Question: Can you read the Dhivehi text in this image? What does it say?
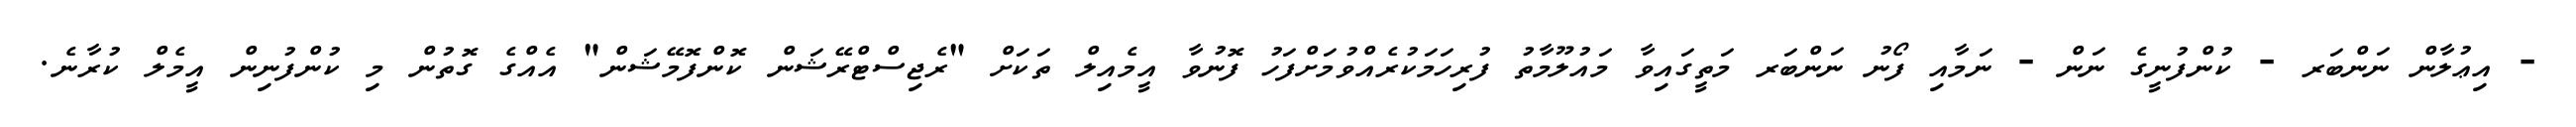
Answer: - އިޢުލާން ނަންބަރ - ކުންފުނީގެ ނަން - ނަމާއި ފޯނު ނަންބަރ މަތީގައިވާ މައުލޫމާތު ފުރިހަމަކުރެއްވުމަށްފަހު ފޮނުވާ އީމެއިލް ތަކަށް "ރެޖިސްޓްރޭޝަން ކޮންފޮމޭޝަން" އެއްގެ ގޮތުން މި ކުންފުނިން އީމެލް ކުރާނެ.